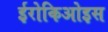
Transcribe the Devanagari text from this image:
ईरोकिओइस